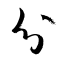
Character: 分